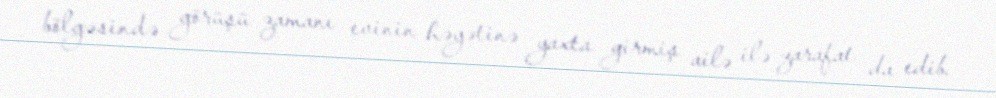
bölgəsində görüşü zamanı evinin həyətinə yaxta girmiş ailə ilə zarafat da edib.